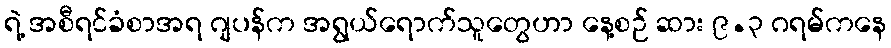
ရဲ့ အစီရင်ခံစာအရ ဂျပန်က အရွယ်ရောက်သူတွေဟာ နေ့စဉ် ဆား ၉.၃ ဂရမ်ကနေ